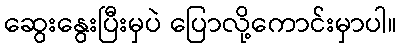
ဆွေးနွေးပြီးမှပဲ ပြောလို့ကောင်းမှာပါ။